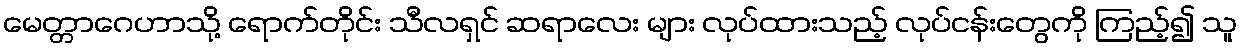
မေတ္တာဂေဟာသို့ ရောက်တိုင်း သီလရှင် ဆရာလေး များ လုပ်ထားသည့် လုပ်ငန်းတွေကို ကြည့်၍ သူ